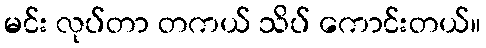
မင်း လုပ်တာ တကယ် သိပ် ကောင်းတယ်။